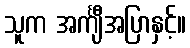
သူက အင်္ကျီအပြာနှင့်။